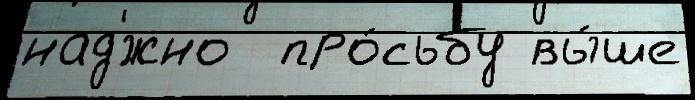
над'́жно  про́сьбу вы́ше